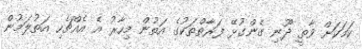
ކަމަކަށް ވާތީ ދޫނި ގެންގުޅޭ ފަރާތްތަކުގެ އަތުން މިހާރު އެ އެއްޗެހި އަތުލަމުން